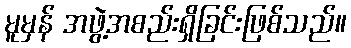
မူမှန် အဖွဲ့အစည်းရှိခြင်းဖြစ်သည်။